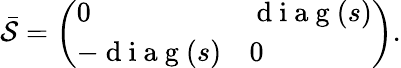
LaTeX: \begin{array}{r}{\bar{\mathcal{S}}=\left(\begin{array}{ll}{0}&{\mathrm{~d~i~a~g~}(s)}\\ {-\mathrm{~d~i~a~g~}(s)}&{0}\end{array}\right).}\end{array}